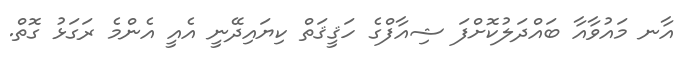
އާނ މައުވާއާ ބައްދަލުކޮށްފަ ޝިއާފްގެ ހަޤީޤަތް ކިޔައިދޭނީ އެއީ އެންމެ ރަގަޅު ގޮތް.